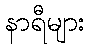
နာရီများ